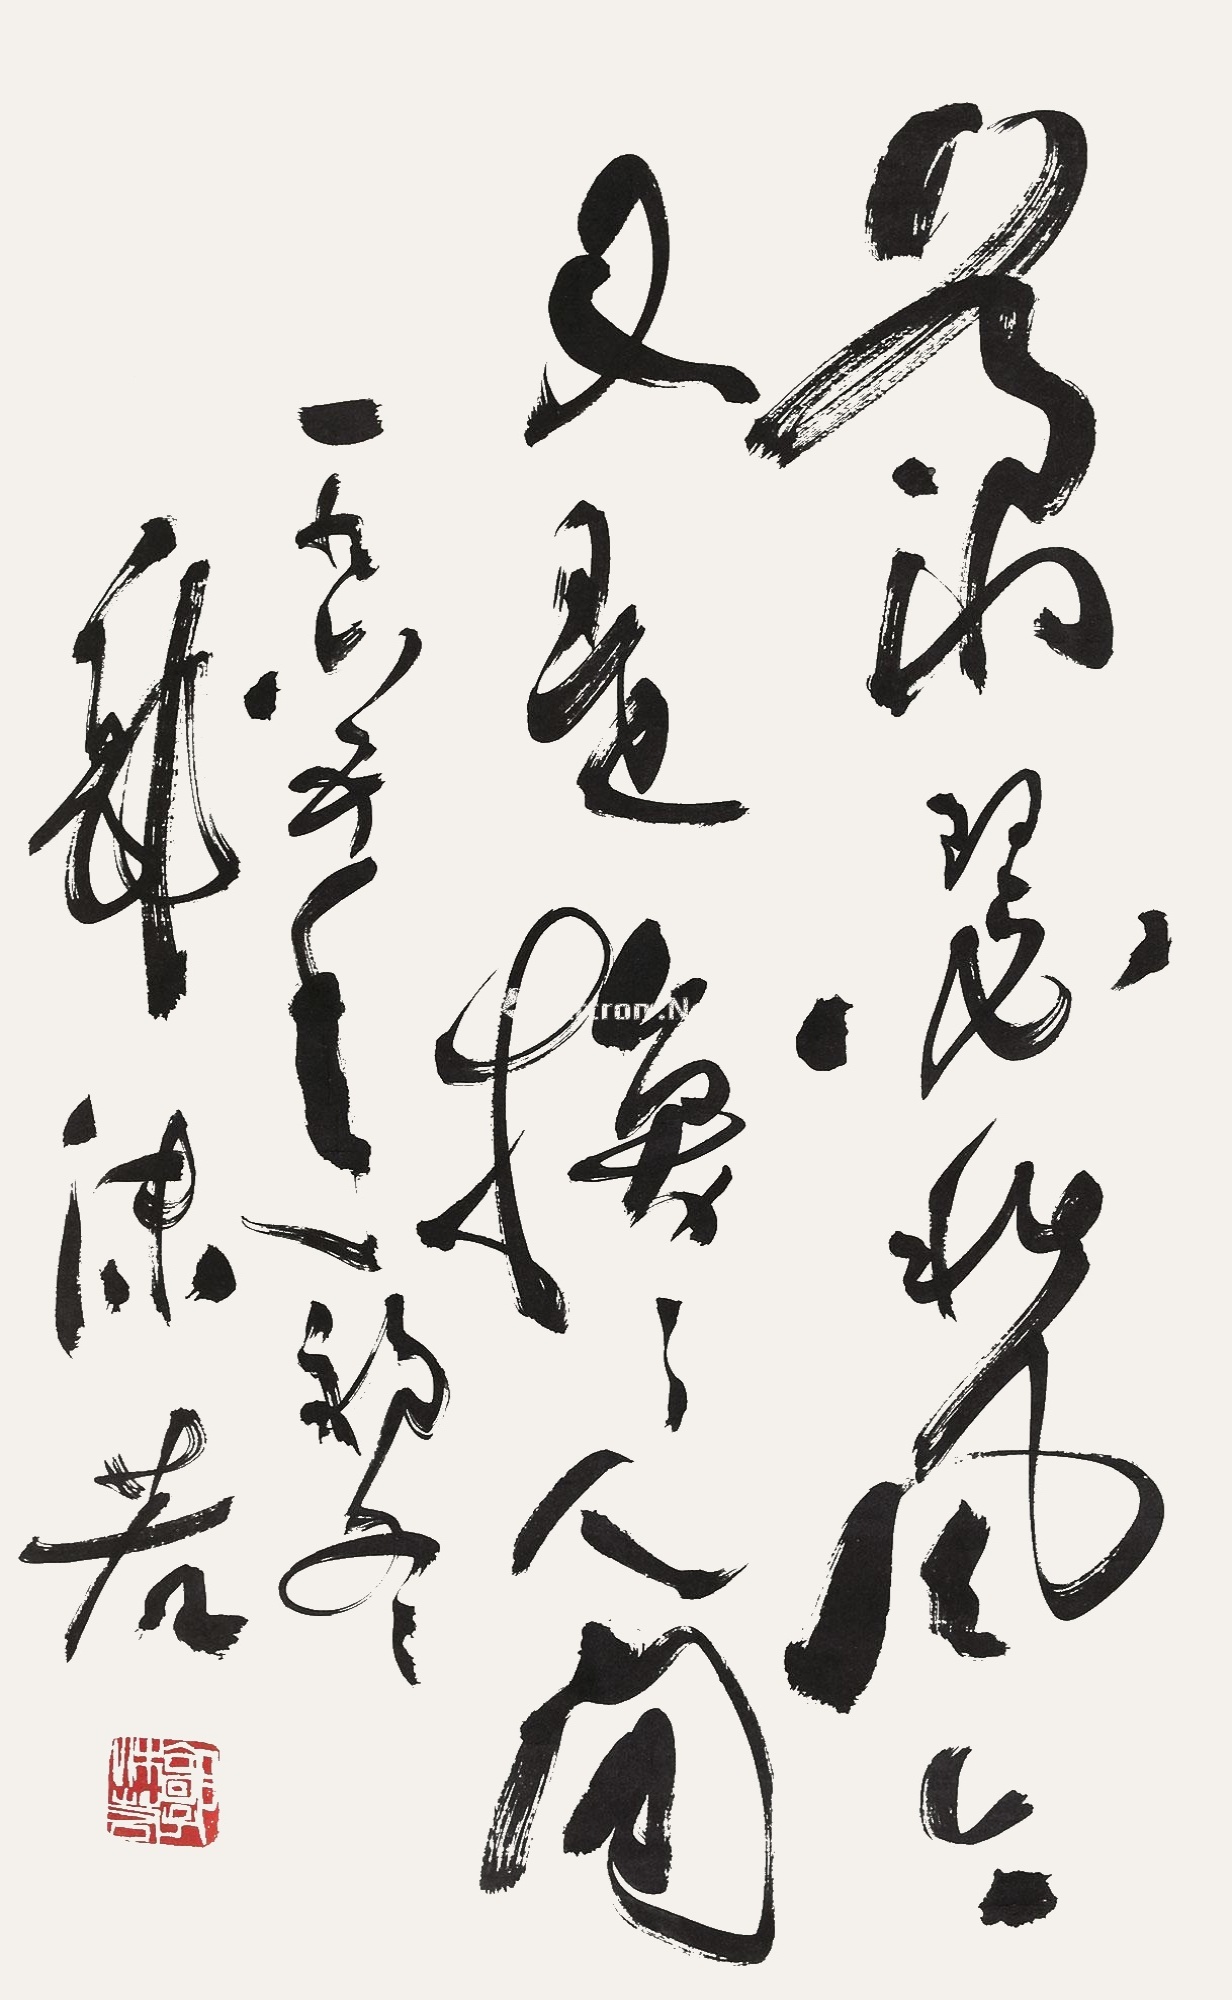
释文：萧瑟秋风今又是，换了人间。一九六五年初冬，郭沫若。